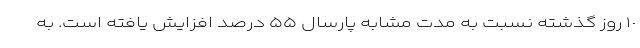
١٠ روز گذشته نسبت به مدت مشابه پارسال ۵۵ درصد افزایش یافته است. به